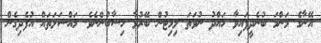
އޭނާގެ މަންމަ ބުނެދީފައިވާ ހައްދު ނުވަތަ ލިމިޓުން ބޭރުވާ ހިސާބުންނެވެ. މައްސަލަތައް އުފެދިގެން